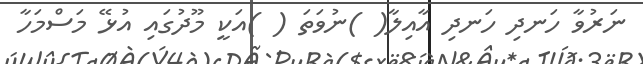
ނަރުވާ ހަނދި ހަނދި އާއިލާ( )ނުވަތަ ( )އަކީ މޫދުގައި އުޅޭ މަސްމަހާ